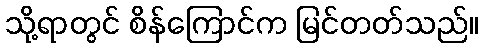
သို့ရာတွင် စိန်ကြောင်က မြင်တတ်သည်။